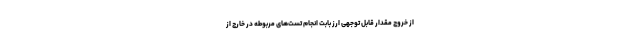
از خروج مقدار قابل توجهی ارز بابت انجام تست‌های مربوطه در خارج از